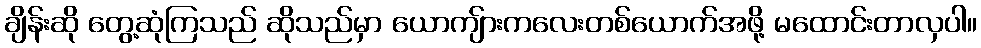
ချိန်းဆို တွေ့ဆုံကြသည် ဆိုသည်မှာ ယောကျ်ားကလေးတစ်ယောက်အဖို့ မထောင်းတာလှပါ။